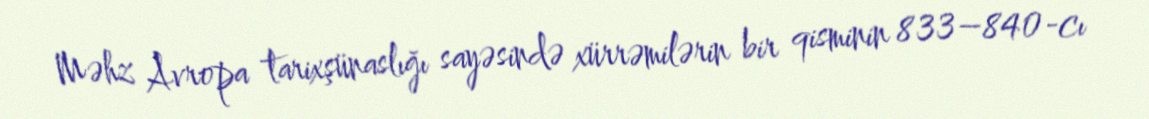
Məhz Avropa tarixşünaslığı sayəsində xürrəmilərin bir qisminin 833–840-cı